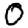
Digit: 0